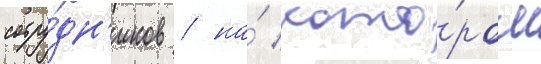
сотру́дн'иков / на́ кото́ром